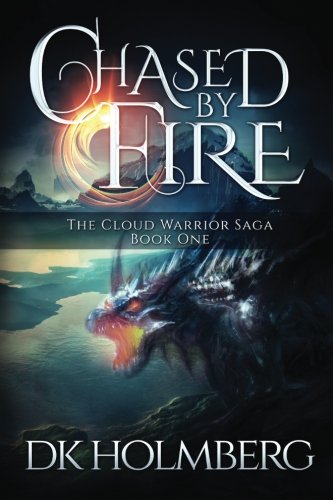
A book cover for Chased by Fire (The Cloud Warrior Saga) (Volume 1); D.K. Holmberg; Science Fiction & Fantasy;